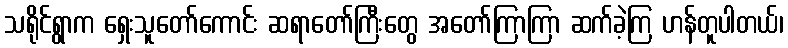
သရိုင်ရွာက ရှေးသူတော်ကောင်း ဆရာတော်ကြီးတွေ အတော်ကြာကြာ ဆက်ခဲ့ကြ ဟန်တူပါတယ်၊